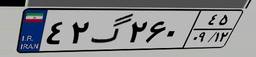
۴۲گ۲۶۰۴۵